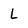
Character: l